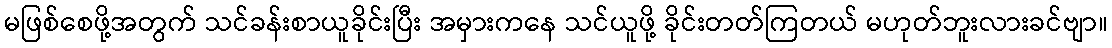
မဖြစ်စေဖို့အတွက် သင်ခန်းစာယူခိုင်းပြီး အမှားကနေ သင်ယူဖို့ ခိုင်းတတ်ကြတယ် မဟုတ်ဘူးလားခင်ဗျာ။